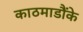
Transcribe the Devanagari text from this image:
काठमाडौंके